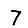
Digit: 7